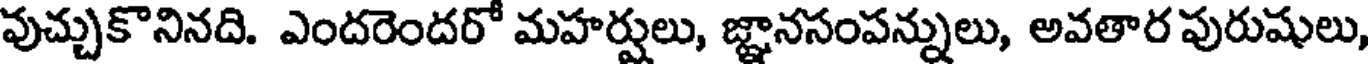
వుచ్చుకొనినది. ఎందరెందరో మహర్షులు, జ్ఞానసంపన్నులు, అవతార పురుషులు,